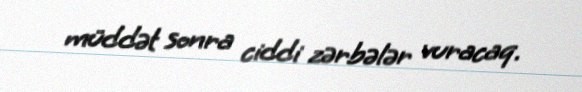
müddət sonra ciddi zərbələr vuracaq.